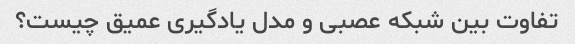
تفاوت بین شبکه عصبی و مدل یادگیری عمیق چیست؟